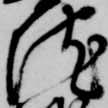
院